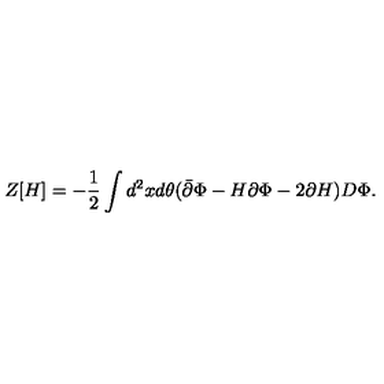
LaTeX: Z [ H ] = - \frac { 1 } { 2 } \int d ^ { 2 } x d \theta ( \bar { \partial } \Phi - H \partial \Phi - 2 \partial H ) D \Phi .